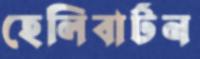
হেলিবার্টন